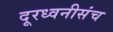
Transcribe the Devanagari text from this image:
दूरध्वनीसंच